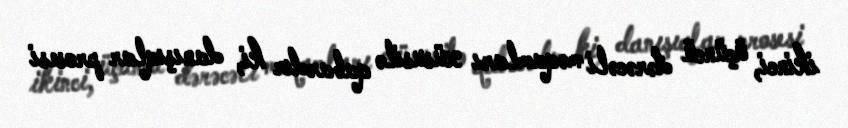
ikinci, üçüncü dərəcəli məqamları xüsusilə qabardır ki, danışıqlar prosesi